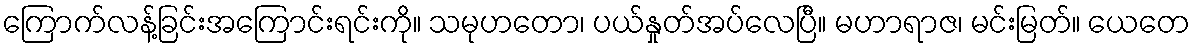
ကြောက်လန့်ခြင်းအကြောင်းရင်းကို။ သမုဟတော၊ ပယ်နှုတ်အပ်လေပြီ။ မဟာရာဇ၊ မင်းမြတ်။ ယေတေ